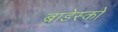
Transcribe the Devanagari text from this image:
ब्राडेस्को